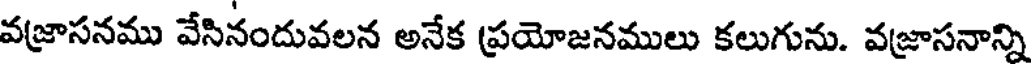
వజ్రాసనము వేసినందువలన అనేక ప్రయోజనములు కలుగును. వజ్రాసనాన్ని